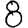
Digit: 8